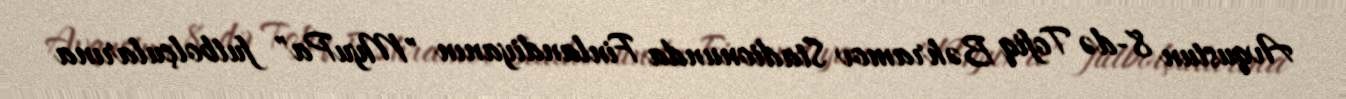
Avqustun 8-də Tofiq Bəhramov Stadionunda Finlandiyanın "MyuPa" futbolçularına